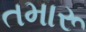
તમારૂ